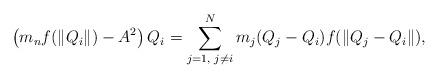
LaTeX: \begin{align*} \left(m_{n}f(\|Q_{i}\|)-A^{2}\right)Q_{i}=\sum\limits_{j=1,\textrm{ }j\neq i}^{N}m_{j}(Q_{j}-Q_{i})f(\|Q_{j}-Q_{i}\|), \end{align*}